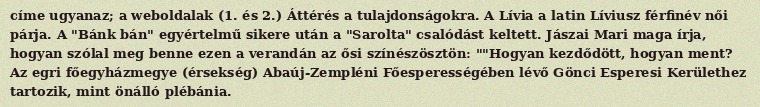
címe ugyanaz; a weboldalak (1. és 2.) Áttérés a tulajdonságokra. A Lívia a latin Líviusz férfinév női párja. A "Bánk bán" egyértelmű sikere után a "Sarolta" csalódást keltett. Jászai Mari maga írja, hogyan szólal meg benne ezen a verandán az ősi színészösztön: ""Hogyan kezdődött, hogyan ment? Az egri főegyházmegye (érsekség) Abaúj-Zempléni Főesperességében lévő Gönci Esperesi Kerülethez tartozik, mint önálló plébánia.